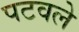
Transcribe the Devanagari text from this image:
पटवले